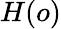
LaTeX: H(o)